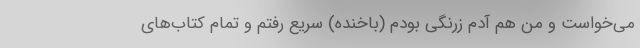
می‌خواست و من هم آدم زرنگی بودم (باخنده) سریع رفتم و تمام کتاب‌های